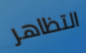
التظاهر